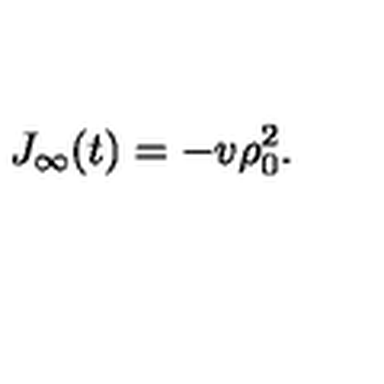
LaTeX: J _ { \infty } ( t ) = - v \rho _ { 0 } ^ { 2 } .